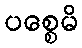
ပစ္စေမိ